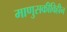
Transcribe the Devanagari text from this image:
माणुसकीविहीन